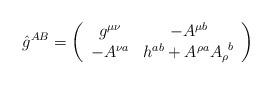
LaTeX: \begin{align*}\hat{g}^{AB} =\left( \begin{array}{cc} g^{\mu\nu} & -A^{\mu b} \\-A^{\nu a} & h^{ab} + A^{\rho a} {A_{\rho}}^b \end{array} \right)\end{align*}